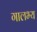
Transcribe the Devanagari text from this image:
गालभ्य